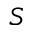
\boldsymbol { S }